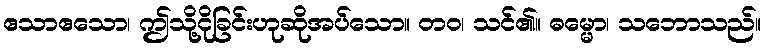
ဧသာဧသော၊ ဤသို့ငိုခြင်းဟုဆိုအပ်သော။ တဝ၊ သင်၏။ ဓမ္မော၊ သဘောသည်။